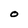
Character: O